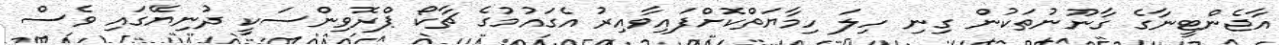
އާޖެންޓީނާގެ ގާނޫނުތަކުން ގިނި ހިލަ ހިމާޔަތްކޮށްފައިވާއިރު އެގައުމުގެ ޗާކޯ ޕްރޮވިންސަކީ ދުނިޔޭގައި ވެސް